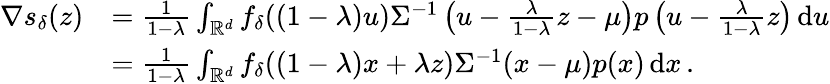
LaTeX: \begin{array}{rl}{\nabla s_{\delta}(z)}&{=\frac{1}{1-\lambda}\int_{\mathbb R^{d}}f_{\delta}((1-\lambda)u)\Sigma^{-1}\left(u-\frac{\lambda}{1-\lambda}z-\mu\right)p\left(u-\frac{\lambda}{1-\lambda}z\right)\operatorname{d}\! u}\\ &{=\frac{1}{1-\lambda}\int_{\mathbb R^{d}}f_{\delta}((1-\lambda)x+\lambda z)\Sigma^{-1}(x-\mu)p(x)\operatorname{d}\! x\, .}\end{array}